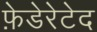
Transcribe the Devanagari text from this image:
फ़ेडेरेटेद